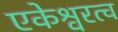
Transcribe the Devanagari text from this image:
एकेश्वरत्व